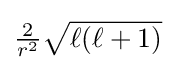
{\textstyle {\frac {2}{r^{2}}}{\sqrt {\ell (\ell +1)}}}